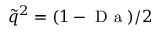
\tilde { q } ^ { 2 } = ( 1 - \mathrm { ~ D ~ a ~ } ) / 2